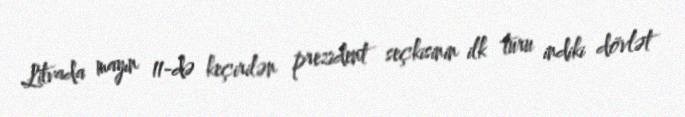
Litvada mayın 11-də keçirilən prezident seçkisinin ilk turu indiki dövlət